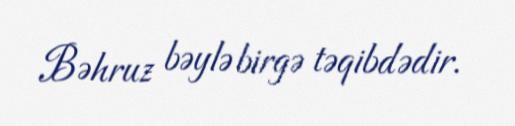
Bəhruz bəylə birgə təqibdədir.